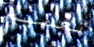
تعميم